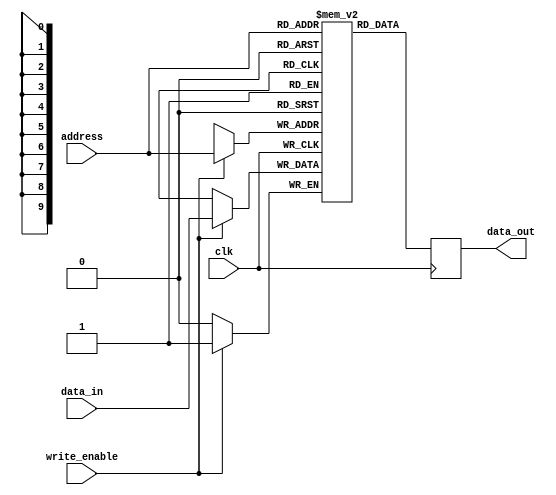
module SRAM (
    input wire clk,
    input wire write_enable,
    input wire [ADDR_WIDTH-1:0] address,
    input wire data_in,
    output reg data_out
);

parameter ADDR_WIDTH = 10;
parameter DATA_WIDTH = 1;
parameter MEM_DEPTH = 2**ADDR_WIDTH;

reg [DATA_WIDTH-1:0] memory [MEM_DEPTH-1:0];

always @(posedge clk) begin
    if(write_enable) begin
        memory[address] <= data_in;
    end
    data_out <= memory[address];
end

endmodule